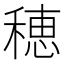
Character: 穂